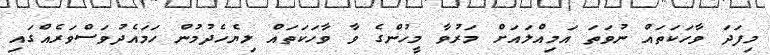
މިފަދަ ވާހަކަތައް ނުވަތަ އަމިއްލައަށް މަރުވާ މީހުންގެ ވާ ވާހަކަތައް ލިޔެހެދުމުން ހަމައެދުވަސްވަރެއްގައި